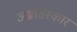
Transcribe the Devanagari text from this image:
अग्नीसंस्कार